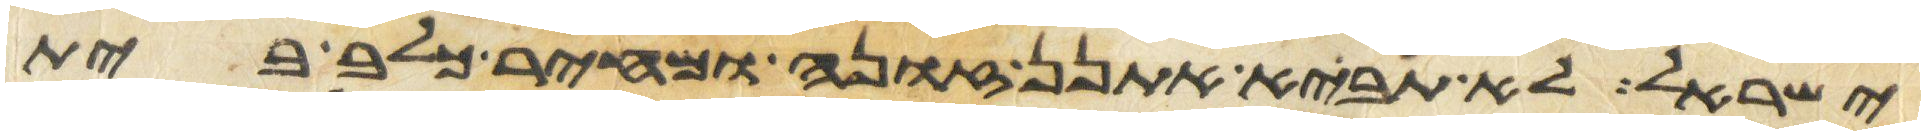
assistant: ישראל לא תביא אתנן זונה ומחיר כלב בית